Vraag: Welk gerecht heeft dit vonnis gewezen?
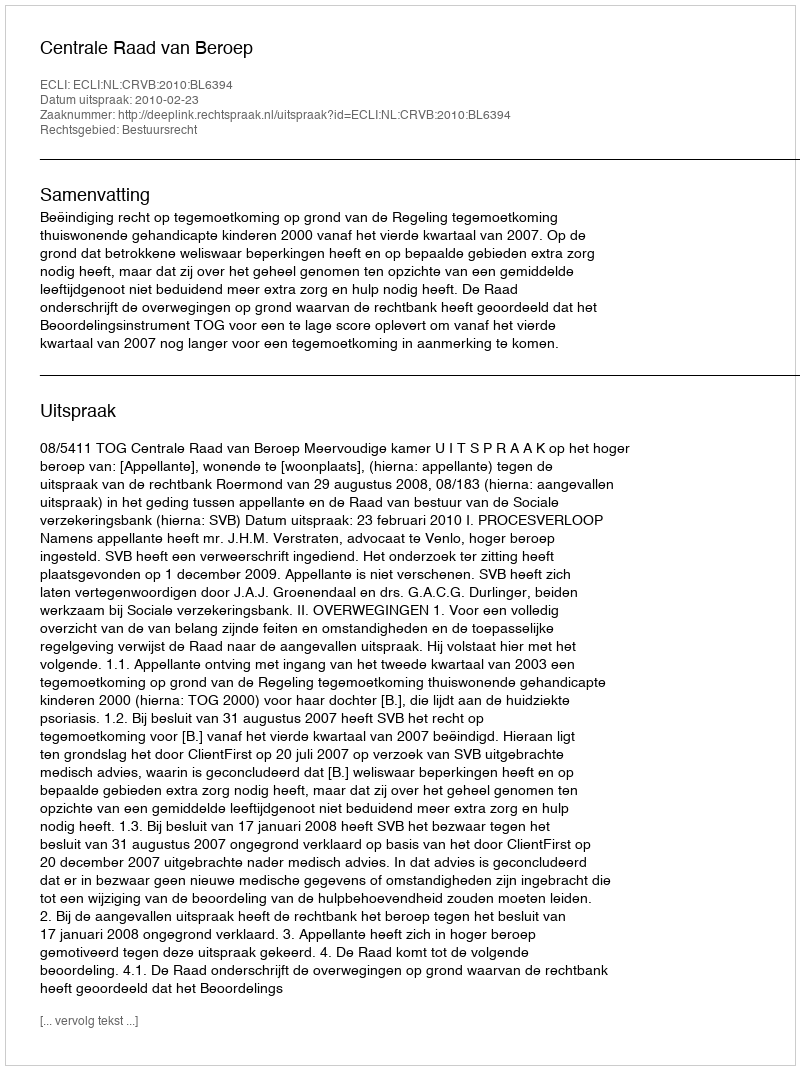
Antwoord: Centrale Raad van Beroep